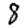
Digit: 8